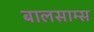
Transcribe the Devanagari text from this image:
बालसाम्स